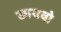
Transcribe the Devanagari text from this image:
छायवो